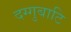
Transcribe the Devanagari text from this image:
दग्गुबाटि